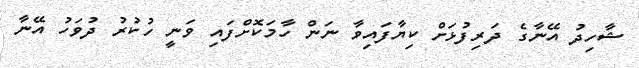
ޝާހިދު އޭނާގެ ދަރިފުޅަށް ކިޔާފައިވާ ނަން ހާމަކޮށްފައި ވަނީ ހުކުރު ދުވަހު އޭނާ